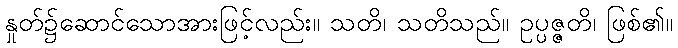
နှုတ်၌ဆောင်သောအားဖြင့်လည်း။ သတိ၊ သတိသည်။ ဥပ္ပဇ္ဇတိ၊ ဖြစ်၏။